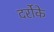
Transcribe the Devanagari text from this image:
दर्रोके